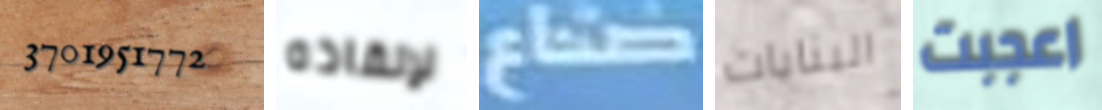
3701951772 لإنقاذه صناع البنايات اعجبت